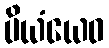
ပိယံယေဝ